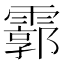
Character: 霩